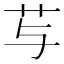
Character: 𰰠